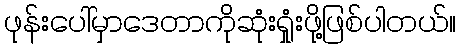
ဖုန်းပေါ်မှာဒေတာကိုဆုံးရှုံးဖို့ဖြစ်ပါတယ်။